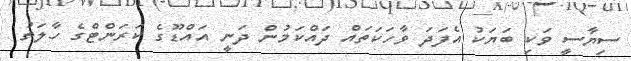
ސިޔާސީ ވަކި ބަޔަކު އެފަދަ ވާހަކަތައް ދައްކަމުން ދަނީ އައްޑޫގެ ކަރަންޓްގެ ހާލަތު